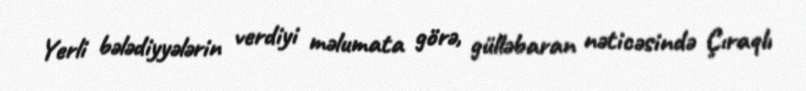
Yerli bələdiyyələrin verdiyi məlumata görə, gülləbaran nəticəsində Çıraqlı